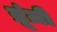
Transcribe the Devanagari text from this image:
ब्रूंज़ी